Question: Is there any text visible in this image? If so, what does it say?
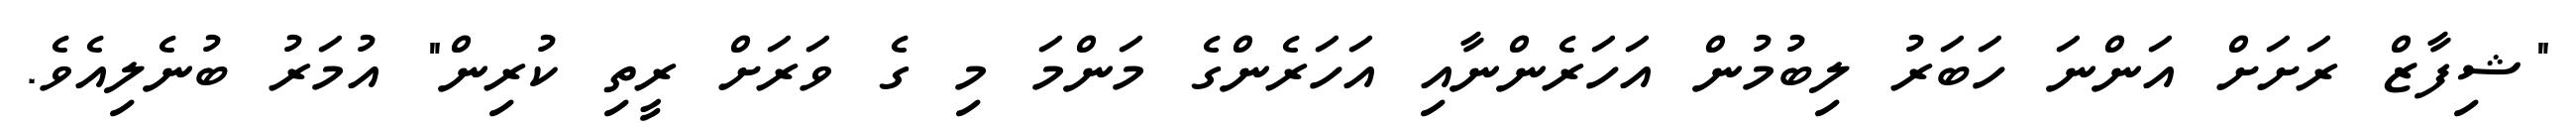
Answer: "ޝިފާޒް ރަށަށް އަންނަ ހަބަރު ލިބުމުން އަހަރެންނާއި އަހަރެންގެ މަންމަ މި ގެ ވަރަށް ރީތި ކުރިން" އުމަރު ބުނެލިއެވެ.